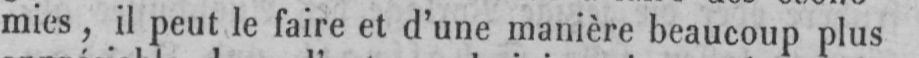
mies, il peut le faire et d’une manière beaucoup plus